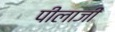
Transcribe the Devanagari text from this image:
पीलाजी